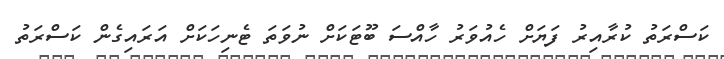
ކަސްރަތު ކުރާއިރު ފަޔަށް ހެއުވަރު ހާއްސަ ބޫޓަކަށް ނުވަތަ ޓެނިހަކަށް އަރައިގެން ކަސްރަތު